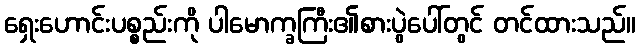
ရှေးဟောင်းပစ္စည်းကို ပါမောက္ခကြီး၏စားပွဲပေါ်တွင် တင်ထားသည်။